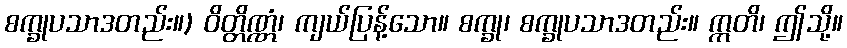
စက္ခုပသာဒတည်း။) ဝိတ္တိဏ္ဏံ၊ ကျယ်ပြန့်သော။ စက္ခု၊ စက္ခုပသာဒတည်း။ ဣတိ၊ ဤသို့။